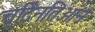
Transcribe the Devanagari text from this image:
चूर्दिनतिओन